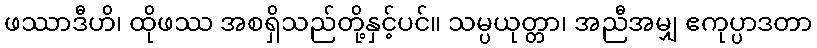
ဖဿာဒီဟိ၊ ထိုဖဿ အစရှိသည်တို့နှင့်ပင်။ သမ္ပယုတ္တာ၊ အညီအမျှ ဧကုပ္ပာဒတာ